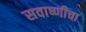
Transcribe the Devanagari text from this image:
सवाष्णीचा